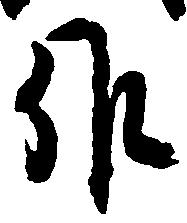
候